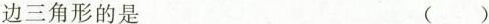
边三角形的是 ()